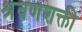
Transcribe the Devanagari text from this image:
श्रवणशक्ती